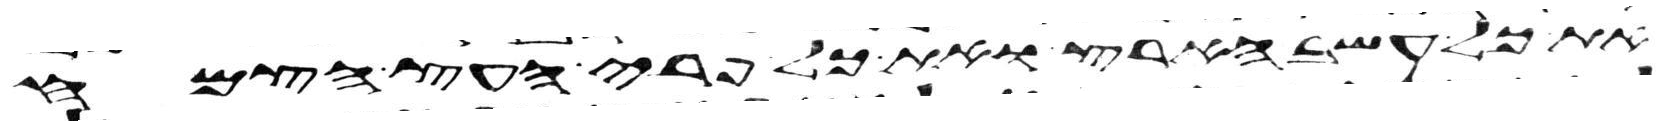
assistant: את כל עשב הארץ ואת כל פרי העץ הצמח